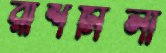
রাশমিলা